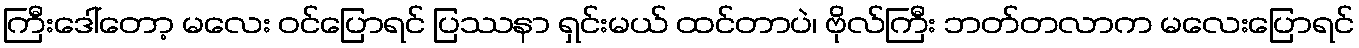
ကြီးဒေါ်တော့ မလေး ဝင်ပြောရင် ပြဿနာ ရှင်းမယ် ထင်တာပဲ၊ ဗိုလ်ကြီး ဘတ်တလာက မလေးပြောရင်